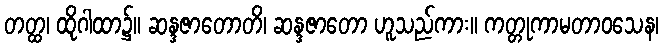
တတ္ထ၊ ထိုဂါထာ၌။ ဆန္ဒဇာတောတိ၊ ဆန္ဒဇာတော ဟူသည်ကား။ ကတ္တုကာမတာဝသေန၊